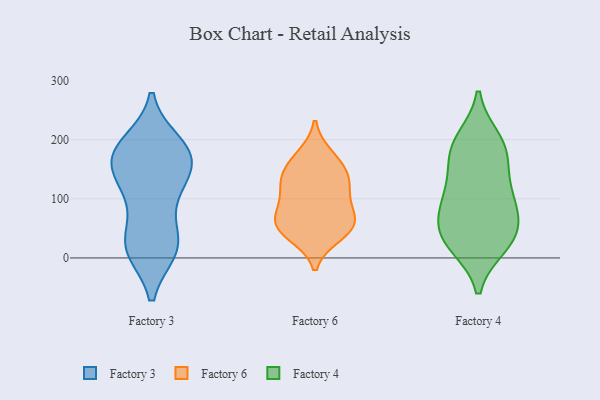
{"axis": {"x": "Bounce Rate (%)", "y": "Value"}, "legend": ["Factory 3", "Factory 4", "Factory 6"], "data": [{"x": "", "y": 169, "type": "Factory 3"}, {"x": "", "y": 114, "type": "Factory 3"}, {"x": "", "y": 178, "type": "Factory 3"}, {"x": "", "y": 102, "type": "Factory 3"}, {"x": "", "y": 168, "type": "Factory 3"}, {"x": "", "y": 20, "type": "Factory 3"}, {"x": "", "y": 171, "type": "Factory 3"}, {"x": "", "y": 28, "type": "Factory 3"}, {"x": "", "y": 18, "type": "Factory 3"}, {"x": "", "y": 192, "type": "Factory 3"}, {"x": "", "y": 154, "type": "Factory 3"}, {"x": "", "y": 124, "type": "Factory 3"}, {"x": "", "y": 23, "type": "Factory 3"}, {"x": "", "y": 184, "type": "Factory 3"}, {"x": "", "y": 15, "type": "Factory 3"}, {"x": "", "y": 61, "type": "Factory 6"}, {"x": "", "y": 160, "type": "Factory 6"}, {"x": "", "y": 139, "type": "Factory 6"}, {"x": "", "y": 172, "type": "Factory 6"}, {"x": "", "y": 51, "type": "Factory 6"}, {"x": "", "y": 124, "type": "Factory 6"}, {"x": "", "y": 39, "type": "Factory 6"}, {"x": "", "y": 131, "type": "Factory 6"}, {"x": "", "y": 104, "type": "Factory 6"}, {"x": "", "y": 50, "type": "Factory 6"}, {"x": "", "y": 84, "type": "Factory 6"}, {"x": "", "y": 64, "type": "Factory 6"}, {"x": "", "y": 176, "type": "Factory 4"}, {"x": "", "y": 28, "type": "Factory 4"}, {"x": "", "y": 103, "type": "Factory 4"}, {"x": "", "y": 106, "type": "Factory 4"}, {"x": "", "y": 67, "type": "Factory 4"}, {"x": "", "y": 200, "type": "Factory 4"}, {"x": "", "y": 48, "type": "Factory 4"}, {"x": "", "y": 25, "type": "Factory 4"}, {"x": "", "y": 21, "type": "Factory 4"}, {"x": "", "y": 194, "type": "Factory 4"}, {"x": "", "y": 138, "type": "Factory 4"}, {"x": "", "y": 53, "type": "Factory 4"}, {"x": "", "y": 94, "type": "Factory 4"}, {"x": "", "y": 177, "type": "Factory 4"}]}